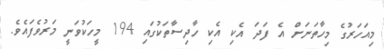
މިއަހަރުގެ މިހާތަނަށް އެ ފަދަ އެކި އެކި ހާދިސާތަކުގައި 194 މީހަކުވަނީ މަރުވެފައެވެ.